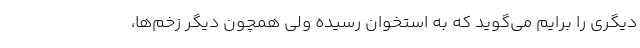
دیگری را برایم می‌گوید که به استخوان رسیده ولی همچون دیگر زخم‌ها،